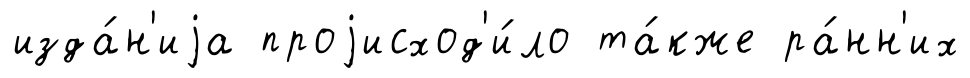
изда́н'иjа проjисход'и́ло та́кже ра́нн'их